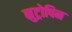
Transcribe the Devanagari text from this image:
नुट्रोपिन